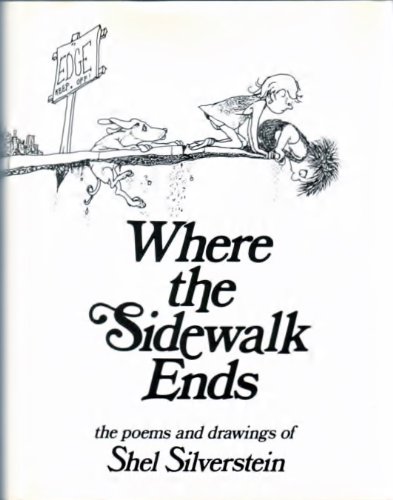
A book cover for Where the Sidewalk Ends; Shel Silverstein; Literature & Fiction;